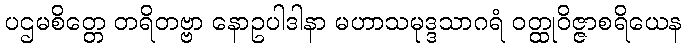
ပဌမစိတ္တေ တရိတဗ္ဗာ နောဥပါဒါနာ မဟာသမုဒ္ဒသာဂရံ ဝတ္ထုဝိဇ္ဇာစရိယေန